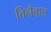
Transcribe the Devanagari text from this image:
विनैवात्त